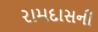
રામદાસની